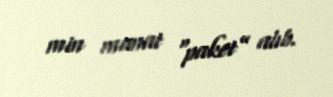
min manat “paket” alıb.